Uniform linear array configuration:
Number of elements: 64
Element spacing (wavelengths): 0.75
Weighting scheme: blackman
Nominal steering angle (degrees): -30
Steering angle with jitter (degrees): -28.524
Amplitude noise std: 0.05
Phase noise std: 0.05

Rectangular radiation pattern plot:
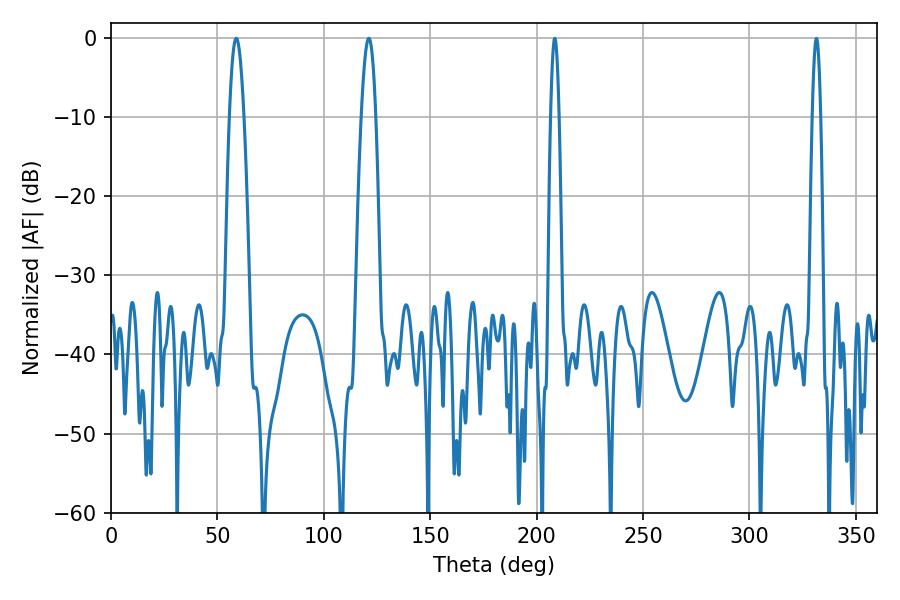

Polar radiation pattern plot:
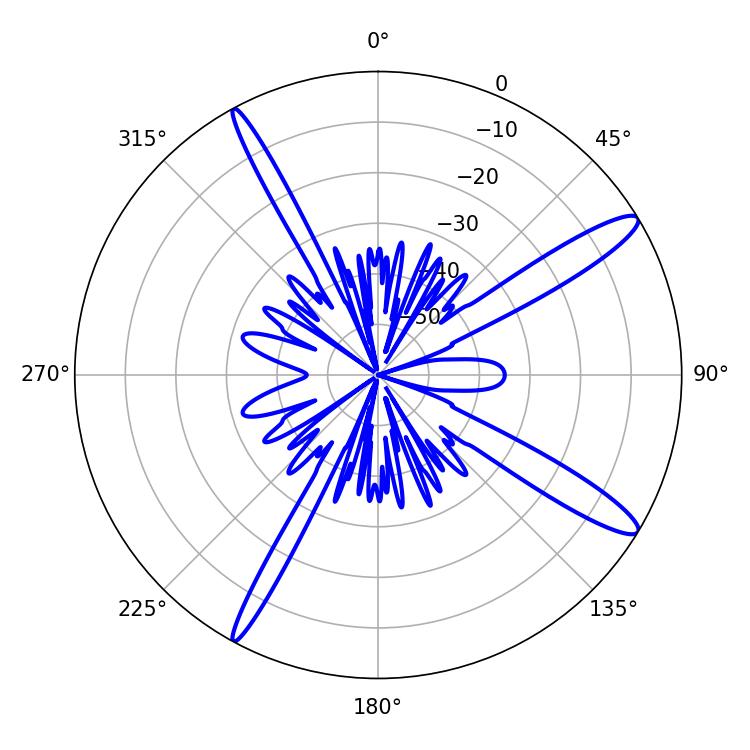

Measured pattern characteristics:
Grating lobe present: TRUE
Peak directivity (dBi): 13.877
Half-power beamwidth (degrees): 3.78
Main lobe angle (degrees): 58.86